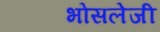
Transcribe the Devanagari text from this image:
भोसलेजी